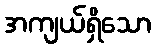
အကျယ်ရှိသော